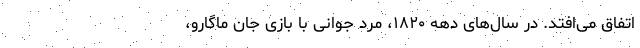
اتفاق می‌افتد. در سال‌های دهه ۱۸۲۰، مرد جوانی با بازی جان ماگارو،